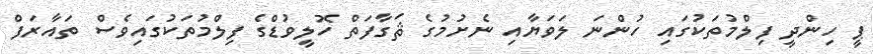
ޕީ ހިންދީ ފިލްމުތަކުގައި ހުންނަ ލަވަޔާއި ނެށުމުގެ ޘަގާފަތް ހޮލީވުޑްގެ ފިލްމުތަކުގައިވެސް ތައާރަފް